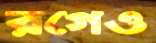
রগেও